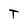
Character: T